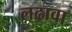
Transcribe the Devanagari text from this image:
लढावा